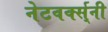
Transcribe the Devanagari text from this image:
नेटवर्क्स्‌नी